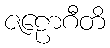
ဇဠောဂီတိ